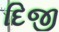
દિજી